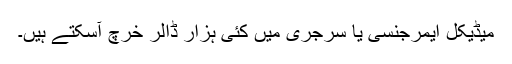
میڈیکل ایمرجنسی یا سرجری میں کئی ہزار ڈالر خرچ آسکتے ہیں۔